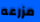
مزرعه